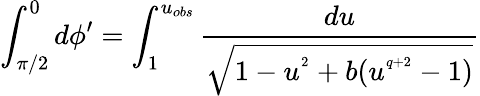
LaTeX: \int_{\pi/2}^{0}d\phi^{\prime}=\int_{1}^{u_{obs}}\frac{du}{\sqrt{1-u^{^2}+b(u^{^{q+2}}-1)}}